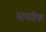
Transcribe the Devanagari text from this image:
सामष्टिक